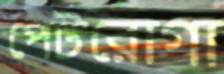
পেটরোগা